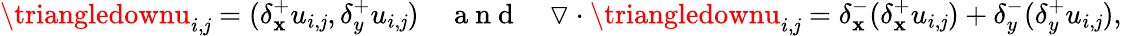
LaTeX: \triangledownu_{i,\mathit{j}}=(\delta_{\mathbf{x}}^{+}u_{i,\mathit{j}},\delta_{y}^{+}u_{i,\mathit{j}})\quad\mathrm{{~a~n~d~}}\quad\triangledown\cdot\triangledownu_{i,\mathit{j}}=\delta_{\mathbf{x}}^{-}(\delta_{\mathbf{x}}^{+}u_{i,\mathit{j}})+\delta_{y}^{-}(\delta_{y}^{+}u_{i,\mathit{j}}),